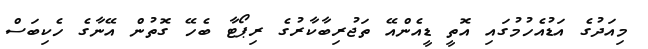
މިއަދުގެ އަޑުއެހުމުގައި އޮތީ ޑީއެންއޭ ތަޖުރިބާކާރުގެ ރިޕޯޓާ ބެހޭ ގޮތުން އޭނާގެ ހެކިބަސް